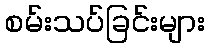
စမ်းသပ်ခြင်းများ